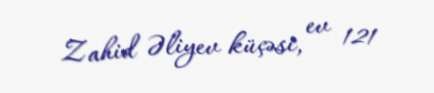
Zahid Əliyev küçəsi, ev 121